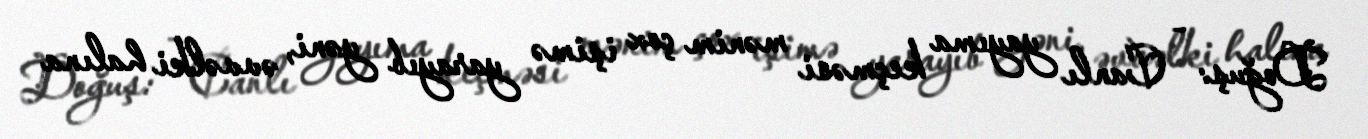
Doğuş: - Canlı yayıma keçməsi mənim çox işimə yarayıb yəni, əvvəlki halına